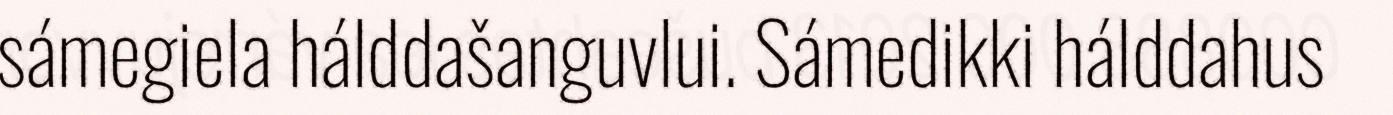
sámegiela hálddašanguvlui. Sámedikki hálddahus